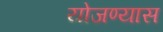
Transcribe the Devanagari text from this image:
योजण्यास